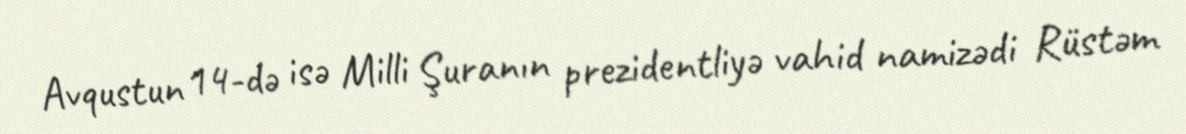
Avqustun 14-də isə Milli Şuranın prezidentliyə vahid namizədi Rüstəm